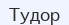
Тудор